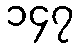
၁၄၇